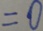
= 0